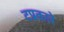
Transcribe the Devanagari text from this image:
टप्रकारे